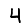
Digit: 4